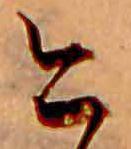
今